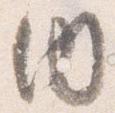
内